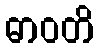
ဓာဝတိ